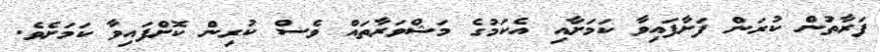
ފަރާތުން ކުރަން ފަށާފައިވާ ކަމަށާއި އެކަމުގެ މަޝްވަރާތައް ވެސް ކުރިން ކޮށްފައިވާ ކަމަށެވެ.